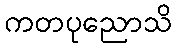
ကတပုညောသိ